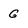
Character: g